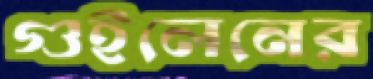
গুইলেনের